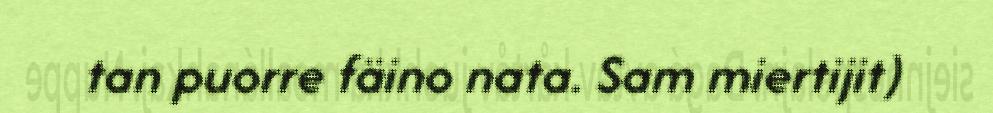
tan puorre fäino nata. Sam miertijit)